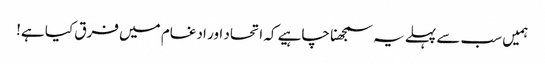
ہمیں سب سے پہلے یہ سمجھنا چاہیے کہ اتحاد اور ادغام میں فرق کیا ہے!